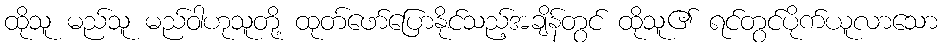
ထိုသူ မည်သူ မည်ဝါဟုသူတို့ ထုတ်ဖော်ပြောနိုင်သည့်အချိန်တွင် ထိုသူ၏ ရင်တွင်ပိုက်ယူလာသော